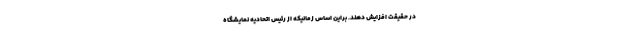
در حقیقت افزایش دهند. براین اساس زمانیکه از رئیس اتحادیه نمایشگاه